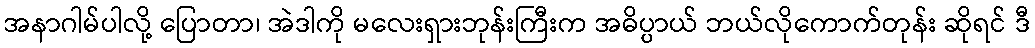
အနာဂါမ်ပါလို့ ပြောတာ၊ အဲဒါကို မလေးရှားဘုန်းကြီးက အဓိပ္ပာယ် ဘယ်လိုကောက်တုန်း ဆိုရင် ဒီ